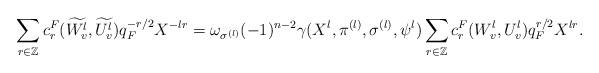
LaTeX: \begin{align*}\sum_{r \in\mathbb{Z}}c^F_r(\widetilde{W_v^l},\widetilde{U_v^l})q_F^{-r/2}X^{-lr}= \omega_{\sigma^{(l)}}(-1)^{n-2} \gamma(X^l,\pi^{(l)},\sigma^{(l)},\psi^l)\sum_{r \in \mathbb{Z}}c^F_r(W_v^l,U_v^l)q_F^{r/2}X^{lr}.\end{align*}